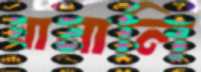
ঘামালি